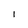
Character: I